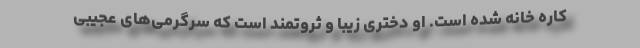
کاره خانه شده است. او دختری زیبا و ثروتمند است که سرگرمی‌های عجیبی